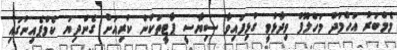
މެމްބަރު އަހްމަދު މަހްލޫފު ވިދާޅުވީ ގުޅިފައިވާ ސިޔާސީ ޕާޓީތަކުން ކުރިއަށް ގެންދިޔަ ކެމްޕެއިނުގައި